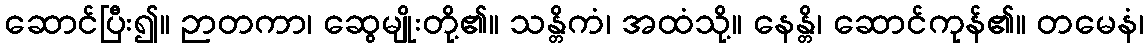
ဆောင်ပြီး၍။ ဉာတကာ၊ ဆွေမျိုးတို့၏။ သန္တိကံ၊ အထံသို့။ နေန္တိ၊ ဆောင်ကုန်၏။ တမေနံ၊